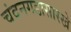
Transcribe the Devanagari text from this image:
चंदनगडासारखे